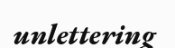
unlettering